Code of medical and sanitary regulations for the guidance of medical officers serving in the Madras Presidency - Volume I
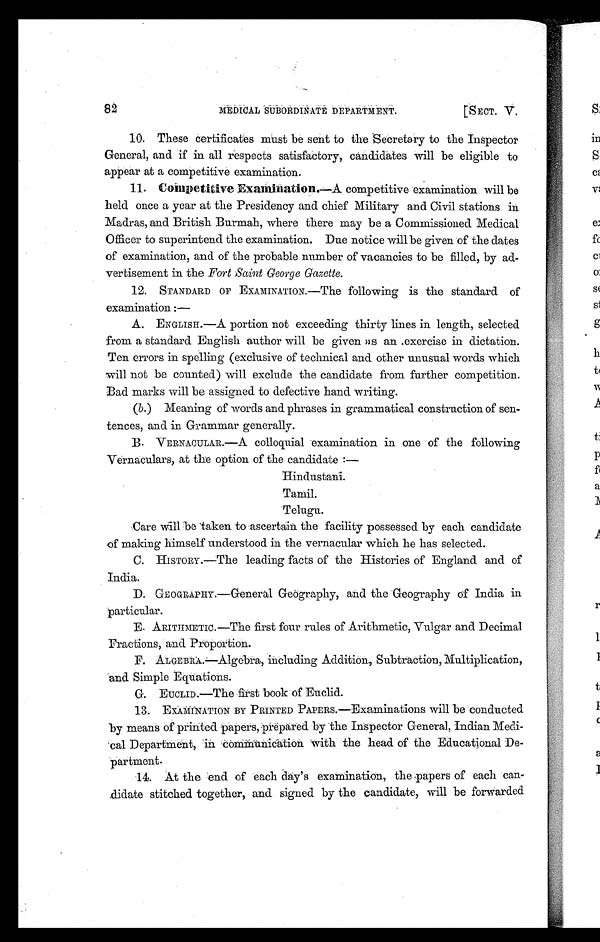
82
MEDICAL SUBORDINATE DEPARTMENT.
[SECT. V.
10. These certificates must be sent to the Secretary to the Inspector
General, and if in all respects satisfactory, candidates will be eligible to
appear at a competitive examination.
11. Competitive Examination.—A competitive examination will be
held once a year at the Presidency and chief Military and Civil stations in
Madras, and British Burmah, where there may be a Commissioned Medical
Officer to superintend the examination. Due notice will be given of the dates
of examination, and of the probable number of vacancies to be filled, by ad-
vertisement in the Fort Saint George Gazette.
12. STANDARD OF EXAMINATION.—The following is the standard of
examination :—
A. ENGLISH.—A portion not exceeding thirty lines in length, selected
from a standard English author will be given as an .exercise in dictation.
Ten errors in spelling (exclusive of technical and other unusual words which
will not be counted) will exclude the candidate from further competition.
Bad marks will be assigned to defective hand writing.
(b .) Meaning of words and phrases in grammatical construction of sen-
tences, and in Grammar generally.
B. VERNACULAR.—A colloquial examination in one of the following
Vernaculars, at the option of the candidate :—
Hindustani.
Tamil.
Telugu.
Care will be taken to .ascertain the facility possessed by each candidate
of making himself understood in the vernacular which he has selected.
C. HISTORY.—The leading facts of the Histories of England and of
India.
D. GEOGRAPHY.—General Geography, and the Geography of India in
particular.
E. ARITHMETIC.—The first four rules of Arithmetic, Vulgar and Decimal
Fractions, and Proportion.
F. ALGEBRA.—Algebra, including Addition, Subtraction, Multiplication,
and Simple Equations.
G. EUCLID.—The first book of Euclid.
13. EXAMINATION BY PRINTED PAPERS.—Examinations will be conducted
by means of printed papers, prepared by the Inspector General, Indian Medi-
-cal Department, in communication with the head of the Educational De-
partment.
14. At the end of each day's examination, the papers of each can-
-didate stitched together, and signed by the candidate, will be forwarded